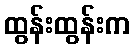
ထွန်းထွန်းက